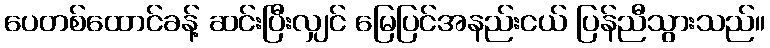
ပေတစ်ထောင်ခန့် ဆင်းပြီးလျှင် မြေပြင်အနည်းငယ် ပြန်ညီသွားသည်။